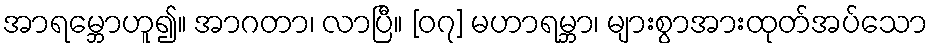
အာရမ္ဘောဟူ၍။ အာဂတာ၊ လာပြီ။ [၀၇] မဟာရမ္ဘာ၊ များစွာအားထုတ်အပ်သော